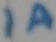
Text: 1A